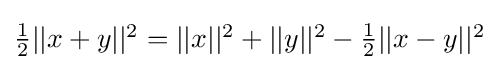
{\textstyle {\frac {1}{2}}||x+y||^{2}=||x||^{2}+||y||^{2}-{\frac {1}{2}}||x-y||^{2}}